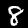
Label: 8